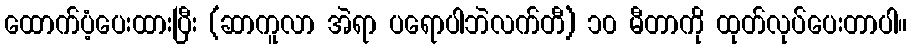
ထောက်ပံ့ပေးထားပြီး (ဆာကူလာ အဲရာ ပရောပါဘဲလက်တီ) ၁၀ မီတာကို ထုတ်လုပ်ပေးတာပါ။